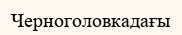
Черноголовкадағы